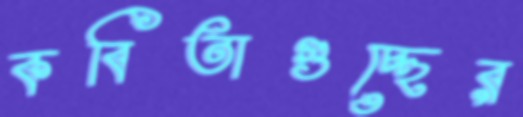
কবিতাগুচ্ছের